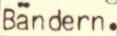
Bändern.